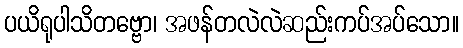
ပယိရုပါသိတဗ္ဗော၊ အဖန်တလဲလဲဆည်းကပ်အပ်သော။